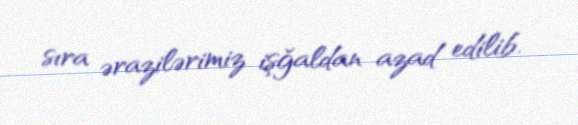
sıra ərazilərimiz işğaldan azad edilib.